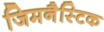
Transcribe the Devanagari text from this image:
जिमनैस्टिक